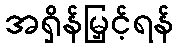
အရှိန်မြှင့်ရန်